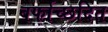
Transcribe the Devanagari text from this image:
बर्फाच्छदित